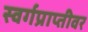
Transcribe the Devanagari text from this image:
स्वर्गप्राप्तीवर